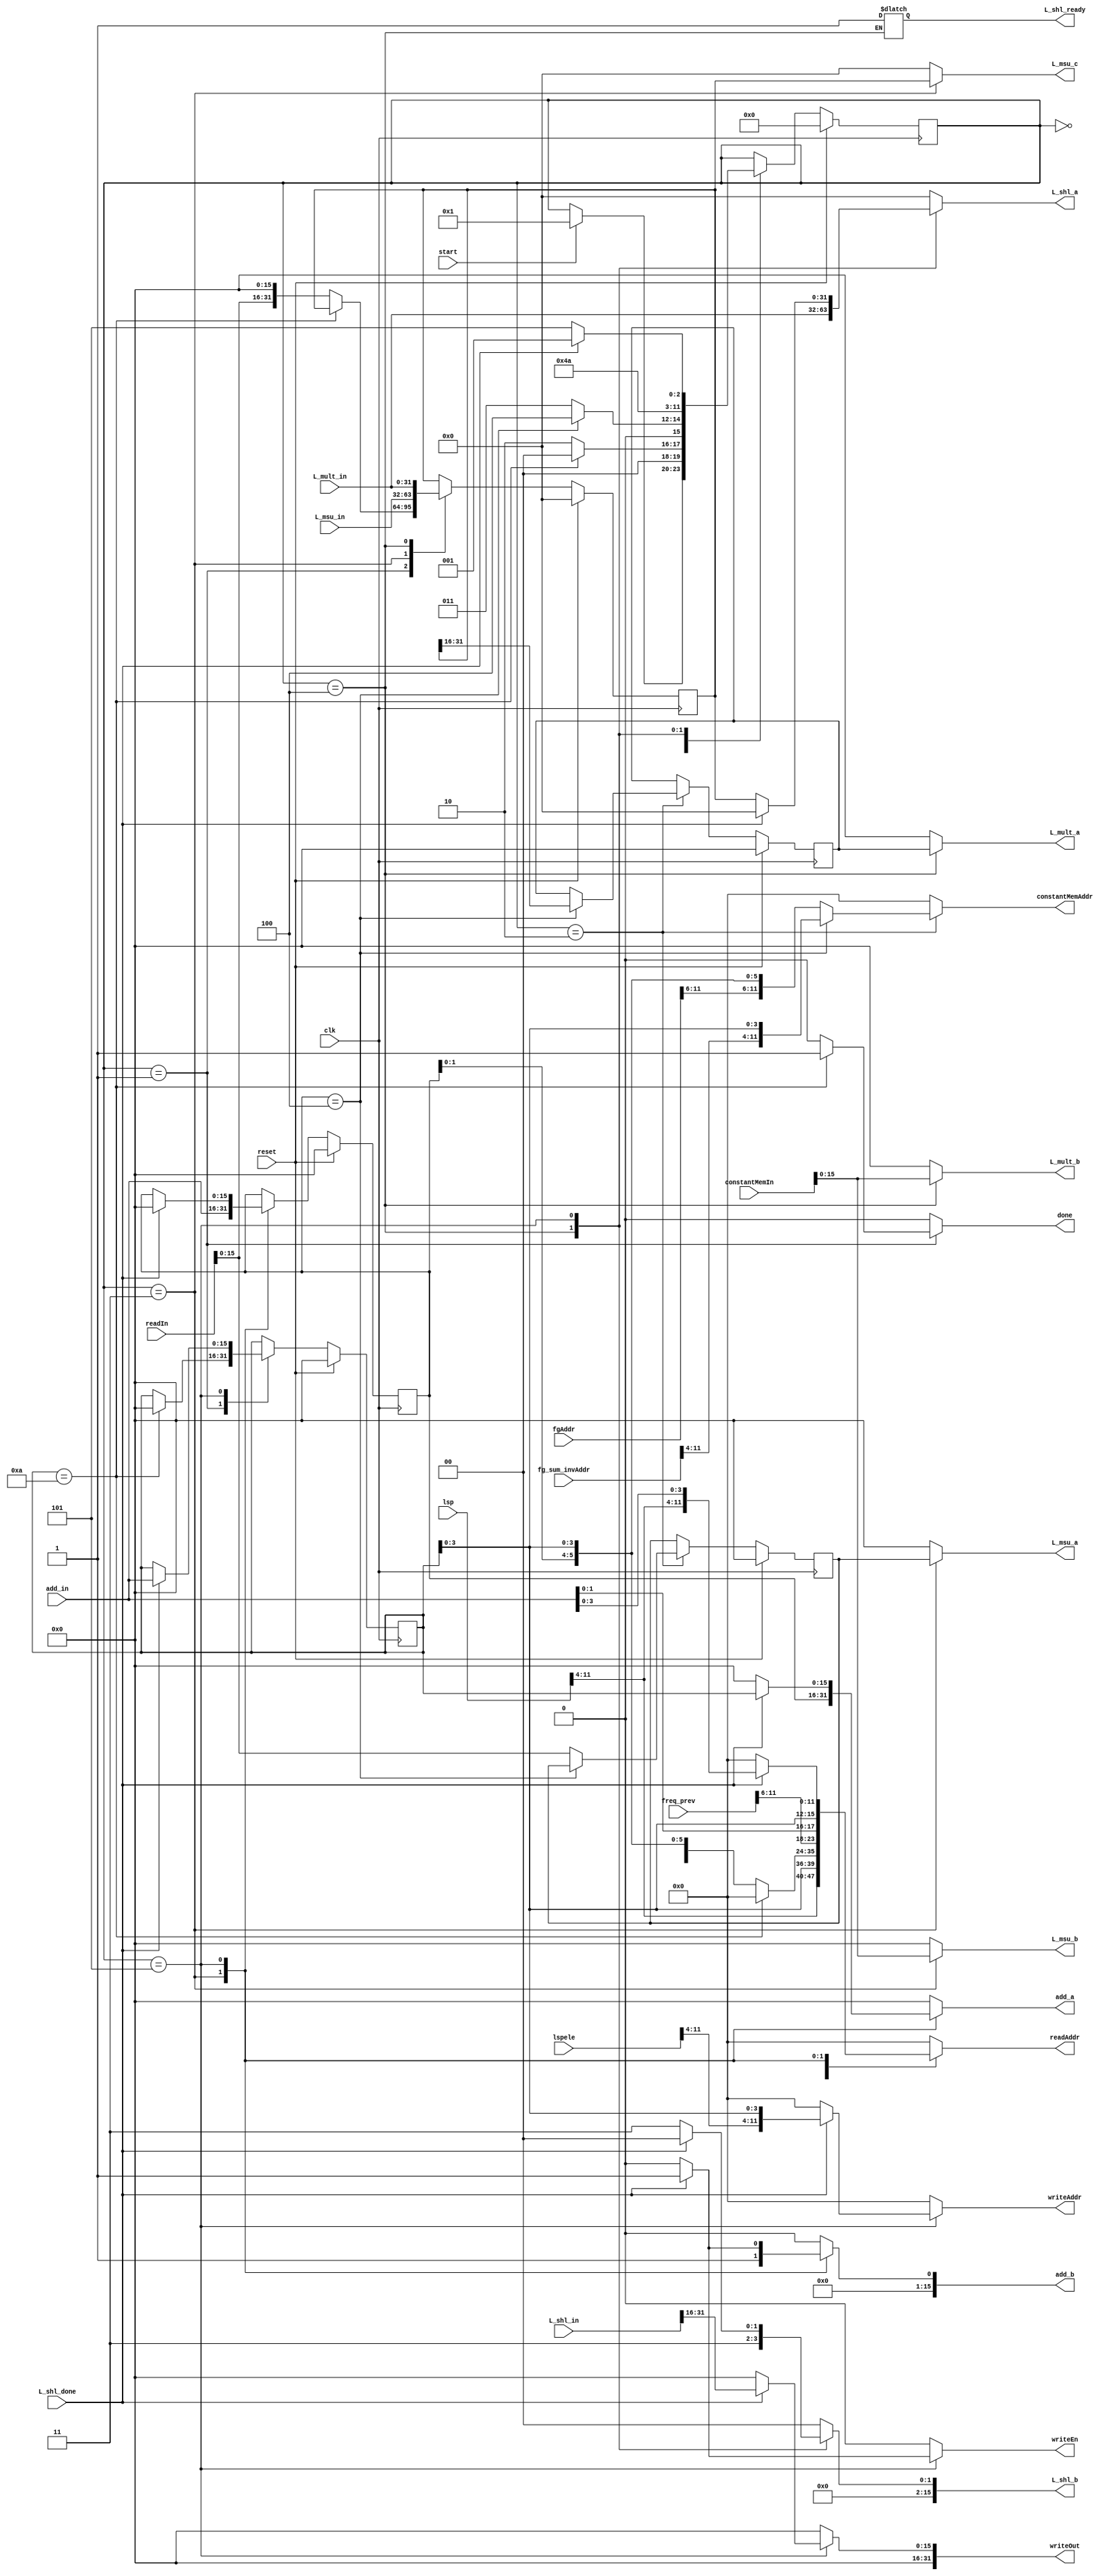
`timescale 1ns / 1ps
//////////////////////////////////////////////////////////////////////////////////
// Company: 
// Engineer: 
// 
// Design Name: 
// Module Name:    Lsp_prev_extract 
// Project Name: 
// Target Devices: 
// Tool versions: 
// Description: 
//
// Dependencies: 
//
// Revision: 
// Revision 0.01 - File Created
// Additional Comments: 
//
//////////////////////////////////////////////////////////////////////////////////
module Lsp_prev_extract(start, clk, done, reset, lspele,freq_prev, lsp, readAddr, readIn,fgAddr,fg_sum_invAddr,
								constantMemIn,constantMemAddr,writeAddr, writeOut, writeEn, L_msu_a, L_msu_b, 
								L_msu_c, L_msu_in, L_mult_a,L_mult_b,L_mult_in, L_shl_a, L_shl_b, L_shl_in, add_a,
								add_b, add_in, L_shl_ready, L_shl_done);
								

	input start;
   input clk;
   input reset;
	input [11:0] lspele;
	input [11:0] freq_prev;
	input [11:0] lsp;
	input [11:0] fgAddr;
	input [11:0] fg_sum_invAddr;
	input [31:0] readIn;
	input [31:0] constantMemIn;
	
	output reg done;
	output reg [11:0] writeAddr;
	output reg [31:0] writeOut;
	output reg writeEn;
	output reg [11:0] readAddr;
	output reg [11:0] constantMemAddr;
	input [31:0] L_mult_in, L_msu_in, L_shl_in;
	input [15:0] add_in;
	input L_shl_done;
	output reg [15:0] L_mult_a, L_mult_b, L_msu_a, L_msu_b, L_shl_b, add_a, add_b;
	output reg [31:0] L_msu_c, L_shl_a;
	output reg L_shl_ready;
	
	parameter INIT = 0;
	parameter S1 = 1;
	parameter S2 = 2;
	parameter S3 = 3;
	parameter S4 = 4;
	parameter S5 = 5;
	parameter S6 = 6;

	wire [11:0] lspele;	
	wire [11:0] freq_prev;
	wire [11:0] lsp;
	reg [15:0] temp_freq_prev, next_temp_freq_prev;
	reg [31:0] L_temp, next_L_temp;
	reg [15:0] temp, next_temp;
	reg [3:0] state, nextstate;
	reg [15:0] j, nextj, k, nextk;
	
	/*wire [11:0] fg;
	wire [11:0] fg_sum_inv;
	assign fg = 12'd384;
	assign fg_sum_inv = 12'd304;*/
	
	always @(posedge clk)
		begin
			if(reset)
				j <= 0;
			else
				j <= nextj;
		end

	always @(posedge clk)
		begin
			if(reset)
				k <= 0;
			else
				k <= nextk;
		end

	always @(posedge clk)
		begin
			if (reset)
				 state <= INIT;
			else
				 state <= nextstate;
		 end

	always @(posedge clk)
		begin
			if (reset)
				 L_temp <= 0;
			else
				 L_temp <= next_L_temp;
		 end
		 
	always @(posedge clk)
		begin
			if (reset)
				 temp <= 0;
			else
				 temp <= next_temp;
		 end

	always @(posedge clk)
		begin
			if (reset)
				 temp_freq_prev <= 0;
			else
				 temp_freq_prev <= next_temp_freq_prev;
		 end

	always @(*)
		begin
			nextstate = state;
			writeAddr = 0;
			writeOut = 0;
			writeEn = 0;
			readAddr = 0;
			constantMemAddr = 0;
			done = 0;
			nextj = j;
			nextk = k;
			next_L_temp = L_temp;
			next_temp = temp;
			next_temp_freq_prev = temp_freq_prev;
			L_mult_a = 0;
			L_mult_b = 0;
			L_msu_a = 0;
			L_msu_b = 0;
			L_msu_c = 0;
			L_shl_a = 0;
			L_shl_b = 0;
			add_a = 0;
			add_b = 0;
			
			case(state)
				INIT:
					begin
						readAddr = {lsp[11:4], j[3:0]};									//read in lsp[j]
						
						if(start)
							nextstate = S1;
					end
					
				S1:	//start of j loop
					begin
						if(j == 10)
							begin
								nextj = 0;
								done = 1;
								nextstate = INIT;
							end
							
						else
							begin
								next_L_temp = {readIn[15:0], 16'b0};					//L_temp = L_deposit_h(lsp[j]);
								readAddr = {freq_prev[11:6],k[1:0],j[3:0]};		//read in freq_prev[k][j]
								nextstate = S2;
							end
					end
								
				S2:	//start of k loop
					begin
						if(k == 4)
							begin
								next_temp = L_temp[31:16];									//temp = extract_h(L_temp);
								constantMemAddr = {fg_sum_invAddr[11:4], j[3:0]};					//read in fg_sum_inv[j]
								nextstate = S4;
							end
						
						else
							begin
								next_temp_freq_prev = readIn[15:0];						
								constantMemAddr = {fgAddr[11:6],k[1:0],j[3:0]};					//read in fg[k][j]
								nextstate = S3;
							end
					end
				
				S3:
					begin
						readAddr = {freq_prev[11:6], add_in[1:0], j[3:0]};
						L_msu_a = temp_freq_prev;
						L_msu_b = constantMemIn[15:0];
						L_msu_c = L_temp;
						next_L_temp = L_msu_in;												//L_temp = L_msu(L_temp, freq_prev[j][k], fg[j][k]);
						add_a = k;
						add_b = 1'd1;
						nextk = add_in;														//k++
						nextstate = S2;
					end
					
				S4:
					begin
						L_mult_a = temp;
						L_mult_b = constantMemIn[15:0];
						next_L_temp = L_mult_in;											//L_temp = L_mult(temp, fg_sum_inv[j]);
						L_shl_ready = 1;
						L_shl_a = L_mult_in;
						L_shl_b = 'd3;
						nextstate = S5;
					end
					
				S5:
					begin
						if(L_shl_done)
							begin
								writeAddr = {lspele[11:4], j[3:0]};
								writeOut  = L_shl_in[31:16];										//lsp_ele[j] = extract_h(L_shl(L_temp,3));
								writeEn = 1;						
								readAddr = {lsp[11:4], add_in[3:0]};							//read in lsp[j]
								add_a = j;
								add_b = 1'd1;
								nextj = add_in;														//j++
								nextk = 0;
								nextstate = S1;
							end
							
						else
							begin
								L_shl_a = L_temp;
								L_shl_b = 'd3;
								nextstate = S5;
							end
					end
					
			endcase
			
		end

endmodule